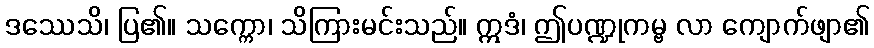
ဒဿေသိ၊ ပြ၏။ သက္ကော၊ သိကြားမင်းသည်။ ဣဒံ၊ ဤပဏ္ဍုကမ္ဗ လာ ကျောက်ဖျာ၏